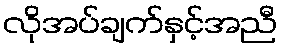
လိုအပ်ချက်နှင့်အညီ